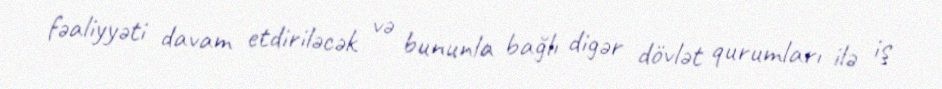
fəaliyyəti davam etdiriləcək və bununla bağlı digər dövlət qurumları ilə iş